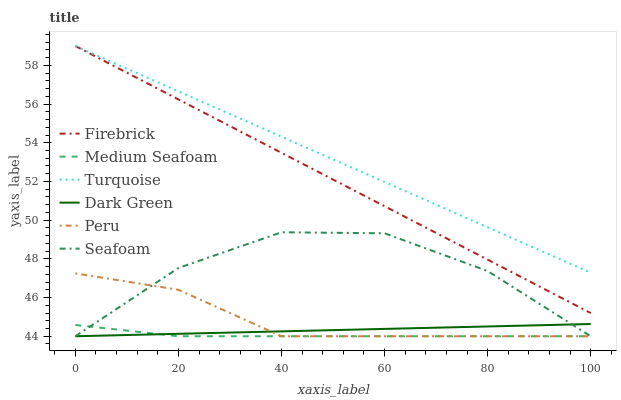
| xaxis_label | Firebrick | Medium Seafoam | Turquoise | Dark Green | Peru | Seafoam |
 | --- | --- | --- | --- | --- | --- | --- |
 | 0 | 59 | 44.6 | 59 | 44 | 47.2 | 44 |
 | 20 | 56.2 | 44 | 56.7 | 44.1 | 46.4 | 47.5 |
 | 40 | 53.5 | 44 | 54.3 | 44.3 | 44 | 49.4 |
 | 60 | 50.7 | 44 | 52 | 44.4 | 44 | 49.3 |
 | 80 | 48 | 44 | 49.6 | 44.5 | 44 | 47.4 |
 | 100 | 45.2 | 44 | 47.3 | 44.6 | 44 | 44 |